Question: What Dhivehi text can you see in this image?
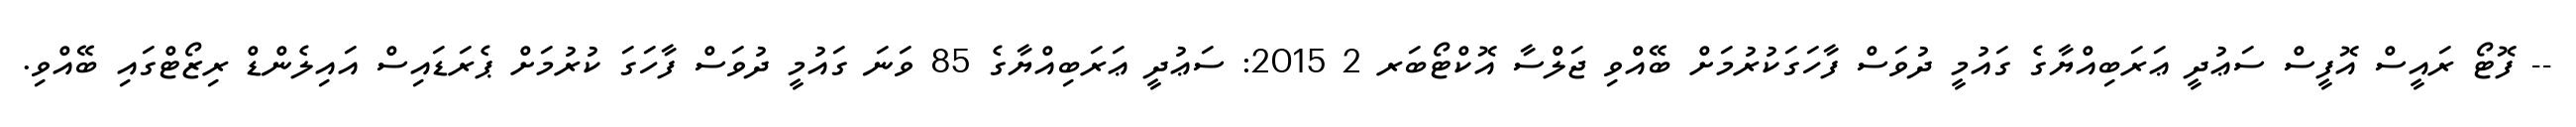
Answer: -- ފޮޓޯ ރައީސް އޮފީސް ސަޢުދީ ޢަރަބިއްޔާގެ ގައުމީ ދުވަސް ފާހަގަކުރުމަށް ބޭއްވި ޖަލްސާ އޮކްޓޯބަރ 2 2015: ސަޢުދީ ޢަރަބިއްޔާގެ 85 ވަނަ ގައުމީ ދުވަސް ފާހަގަ ކުރުމަށް ޕެރަޑައިސް އައިލެންޑް ރިޒޯޓްގައި ބޭއްވި.